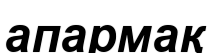
апармақ